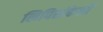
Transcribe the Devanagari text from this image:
लिपिसंकेतों